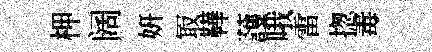
柙阔妍冣鞾䕶哦雷揔毒